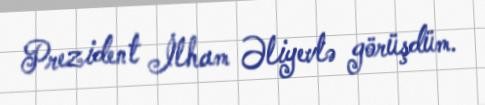
Prezident İlham Əliyevlə görüşdüm.